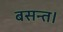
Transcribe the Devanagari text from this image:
बसन्त।